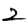
Digit: 2